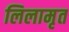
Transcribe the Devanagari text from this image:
लिलामृत